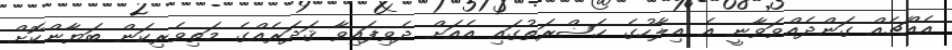
އެއްޗެއް ގަންދެއްވަވާނީ އެ އިލާހުގެ ޙަޟްރަތުގައި އެއަށް ދެވިފައިވާ ޤަދަރެއްގެ މަތިވެރިކަން ބަޔާންކޮށް